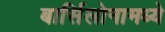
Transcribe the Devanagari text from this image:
बार्सिलोनामध्ये